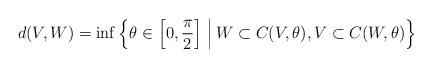
LaTeX: \begin{align*}d(V,W)=\inf \left\{\theta\in\left[0,\frac{\pi}{2}\right]\,\Big|\, W\subset C(V,\theta),V\subset C(W,\theta)\right\}\end{align*}